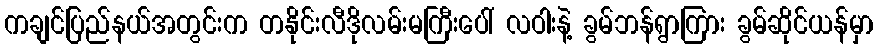
ကချင်ပြည်နယ်အတွင်းက တနိုင်းလီဒိုလမ်းမကြီးပေါ် လဝါးနဲ့ ခွမ်ဘန်ရွာကြား ခွမ်ဆိုင်ယန်မှာ